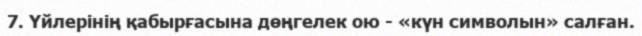
7. Үйлерінің қабырғасына дөңгелек ою - «күн символын» салған.